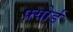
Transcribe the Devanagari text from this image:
फ़्योर्ड